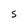
Character: S